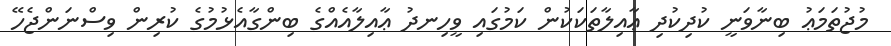
މުޖުތަމަޢު ބިނާވަނީ ކުދިކުދި ޢާއިލާތަކަކުން ކަމުގައި ވީހިނދު ޢާއިލާއެއްގެ ބިންގާއެޅުމުގެ ކުރިން ވިސްނަންޖެހޭ